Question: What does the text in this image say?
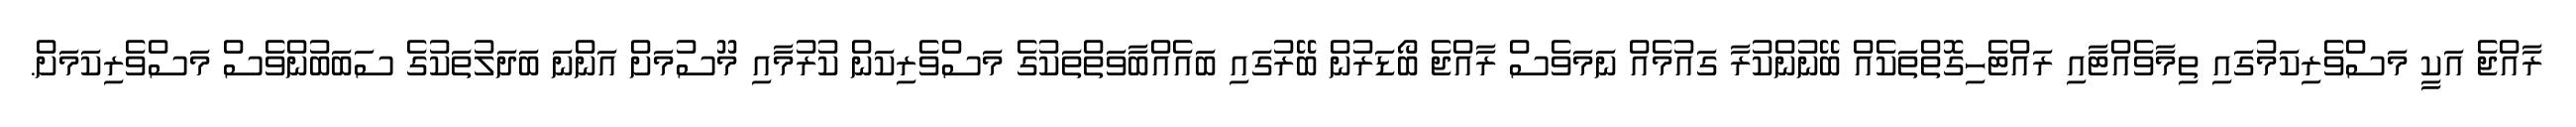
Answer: ރާއްޖެ އަކީ މަސްވެރިކަމުގައި ތިމާވެއްޓާއި ރައްޓެހިގޮތްތަކެއް ބޭނުންކުރާ ގައުމެއް ނަމަވެސް ރާއްޖެ ބޯޑަރުން ބޭރުގައި ބައެއްބާވަތްތަކުގެ މަސްވެރިކަން ކުރުމާއި މޫސުމަށް އަންނަ ބަދަލުތަކުގެ ސަބަބުންވެސް މަސްވެރިކަމަށް.